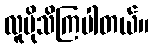
လူပိုသိကြပါတယ်။